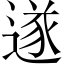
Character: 遂